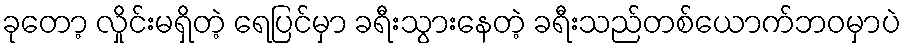
ခုတော့ လှိုင်းမရှိတဲ့ ရေပြင်မှာ ခရီးသွားနေတဲ့ ခရီးသည်တစ်ယောက်ဘဝမှာပဲ